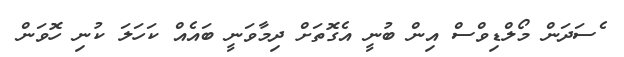
ެސަދަން މޯލްޑިވްސް އިން ބުނީ އެގޮތަށް ދިމާވަނީ ބައެއް ކަހަލަ ކުނި ހޮވަން